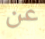
عن